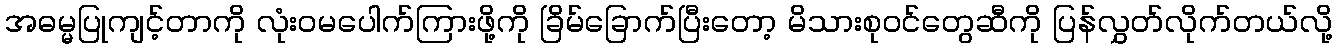
အဓမ္မပြုကျင့်တာကို လုံးဝမပေါက်ကြားဖို့ကို ခြိမ်ခြောက်ပြီးတော့ မိသားစုဝင်တွေဆီကို ပြန်လွှတ်လိုက်တယ်လို့